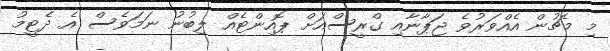
މި މެޗުން އެއްވަރުވެ ޖަޕާނާއި ގްރީސްއަށް ޕޮއިންޓެއް ލިބުނު ނަމަވެސް އެ ދެޓީމު